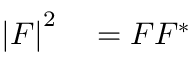
\begin{array} { r l } { \left\vert F \right\vert ^ { 2 } } & { { } = F F ^ { \ast } } \end{array}